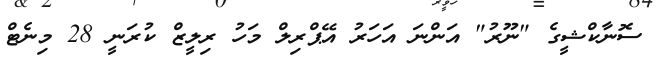
ސޮނާކްޝީގެ "ނޫރު" އަންނަ އަހަރު އޭޕްރިލް މަހު ރިލީޒް ކުރަނީ 28 މިނެޓް